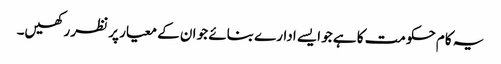
یہ کام حکومت کا ہے جو ایسے ادارے بنائے جو ان کے معیار پر نظر رکھیں۔